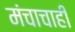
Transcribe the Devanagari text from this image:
मंचाचाही